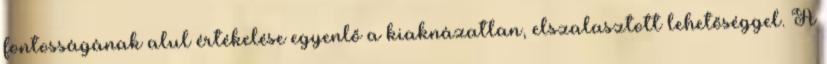
fontosságának alul értékelése egyenlő a kiaknázatlan, elszalasztott lehetőséggel. A